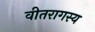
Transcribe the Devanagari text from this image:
वीतरागस्य